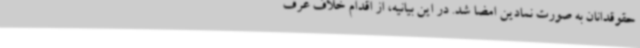
حقوقدانان به صورت نمادین امضا شد. در این بیانیه، از اقدام خلاف عرف